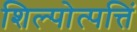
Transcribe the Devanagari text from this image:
शिल्पोत्पत्तिं